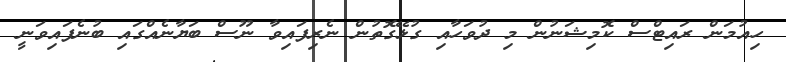
ހިއުމަން ރައިޓްސް ކޮމިޝަނުން މި ދުވަހާއި ގުޅޭގޮތުން ނެރިފައިވާ ނޫސް ބަޔާނެއްގައި ބުނެފައިވަނީ